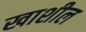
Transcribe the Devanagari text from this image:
खाशील